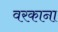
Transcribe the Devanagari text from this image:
वरकाना